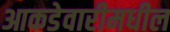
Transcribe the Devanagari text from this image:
आकडेवारीमधील